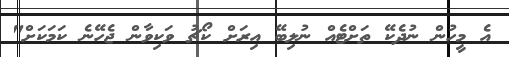
އެ މީހުން ނުދެކޭ ތަށްޓެއް ނުލިބޭ އިރަށް ކޯޗު ވަކިވާން ޖެހޭނެ ކަމަކަށް"